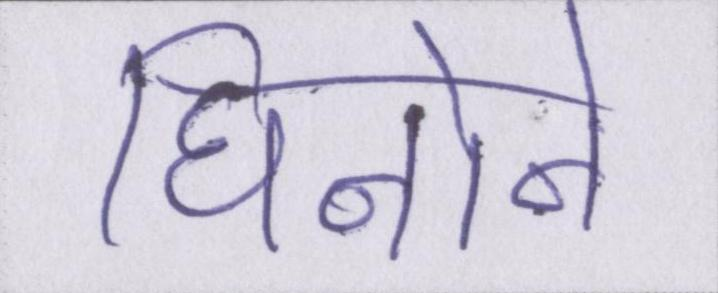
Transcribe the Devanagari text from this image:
घिनोने